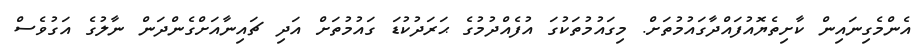
އެންމެގިނައިން ކާށިތެޔޮއުފައްދާގައުމުތަށް. މިގައުމުތަކުގަ އުފެއްދުމުގެ ޙަރަދުކުޑަ ގައުމުތަށް އަދި ޗައިނާއަށްގެންދަން ނާލުގެ އަގުވެސް